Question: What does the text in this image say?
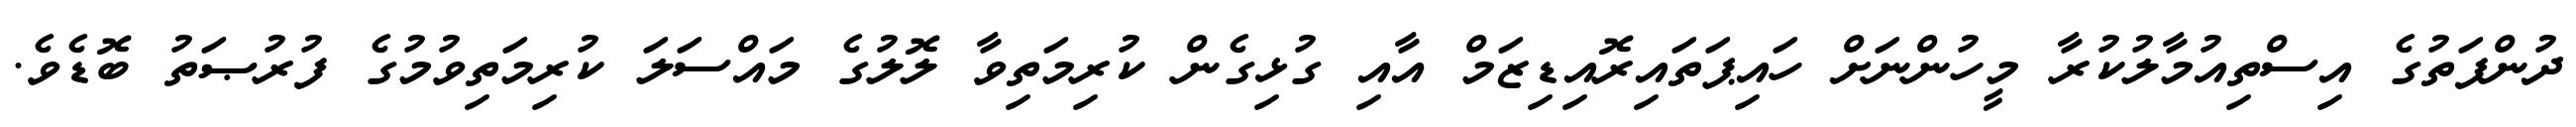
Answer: ދުންފަތުގެ އިސްތިއުމާލުކުރާ މީހުންނަށް ހައިޕަތައިރޮއިޑިޒަމް އާއި ގުޅިގެން ކުރިމަތިވާ ލޮލުގެ މައްސަލަ ކުރިމަތިވުމުގެ ފުރުޞަތު ބޮޑެވެ.